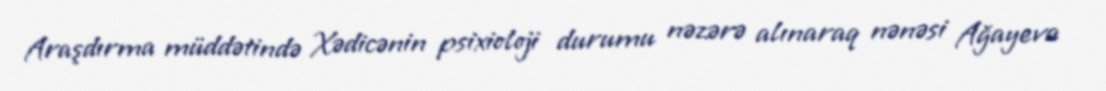
Araşdırma müddətində Xədicənin psixioloji durumu nəzərə alınaraq nənəsi Ağayeva